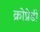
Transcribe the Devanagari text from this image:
क्रोप्रेडी